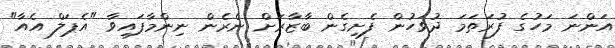
އަންނަ މަހުގެ ފުރަތަމަ ދުވަހުން ފެށިގެން ބާޒާރަށް ނެރެން ނިންމާފައިވާ "އެޕަލް އެއާ"